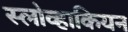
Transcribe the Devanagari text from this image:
स्लोव्हाकियन